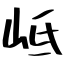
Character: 岻